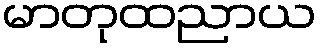
မာတုထညာယ